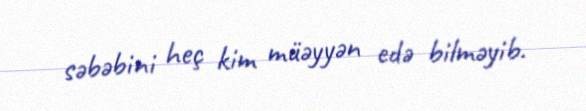
səbəbini heç kim müəyyən edə bilməyib.